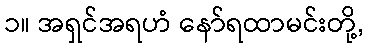
၁။ အရှင်အရဟံ နော်ရထာမင်းတို့,